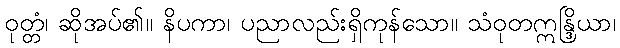
ဝုတ္တံ၊ ဆိုအပ်၏။ နိပကာ၊ ပညာလည်းရှိကုန်သော။ သံဝုတဣန္ဒြိယာ၊